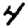
Digit: 4